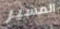
المسير